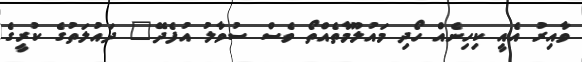
ވާއިރު އެއީ ކިހިނެއް ހޯދި މައުލޫމާތެއްތޯ ވެސް ސުވާލު އުފެދޭ" ދައުލަތުގެ ކުރީގެ